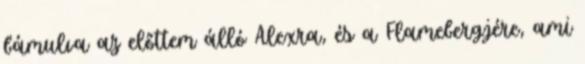
bámulva az előttem álló Alexra, és a Flamebergjére, ami